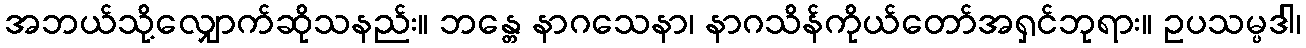
အဘယ်သို့လျှောက်ဆိုသနည်း။ ဘန္တေ နာဂသေနာ၊ နာဂသိန်ကိုယ်တော်အရှင်ဘုရား။ ဥပသမ္ပဒါ၊